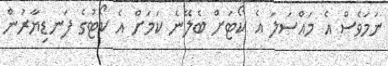
ނަމަވެސް އެ މައްސަލަ އެ ކޯޓަށް ބެލޭނެ ކަމަށް އެ ކޯޓުގެ ފަނޑިޔާރުން